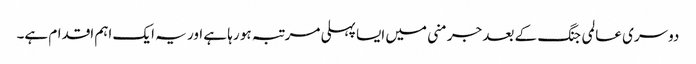
دوسری عالمی جنگ کے بعد جرمنی میں ایسا پہلی مرتبہ ہو رہا ہے اور یہ ایک اہم اقدام ہے۔